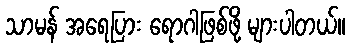
သာမန် အရေပြား ရောဂါဖြစ်ဖို့ များပါတယ်။